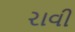
રાવી